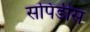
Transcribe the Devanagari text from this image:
सपिंडीस